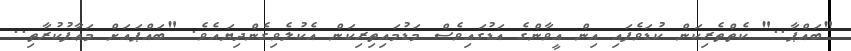
"ބައްޕާ.." ކެތްތެރިކަން ކުޑަވެފައި އިން އީވާންގެ އަޑުގައިވެސް މަޑުމައިތިރިކަން އެކުލެވިގެންދިޔައެވެ. "ބައްޕައަށް މަޢާފުކުރާތި..